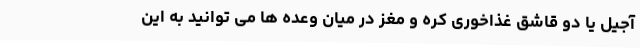
آجیل یا دو قاشق غذاخوری کره و مغز در میان وعده ها می توانید به این